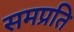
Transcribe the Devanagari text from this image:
समप्रति